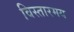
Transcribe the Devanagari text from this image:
विस्तारमय